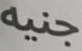
جنيه